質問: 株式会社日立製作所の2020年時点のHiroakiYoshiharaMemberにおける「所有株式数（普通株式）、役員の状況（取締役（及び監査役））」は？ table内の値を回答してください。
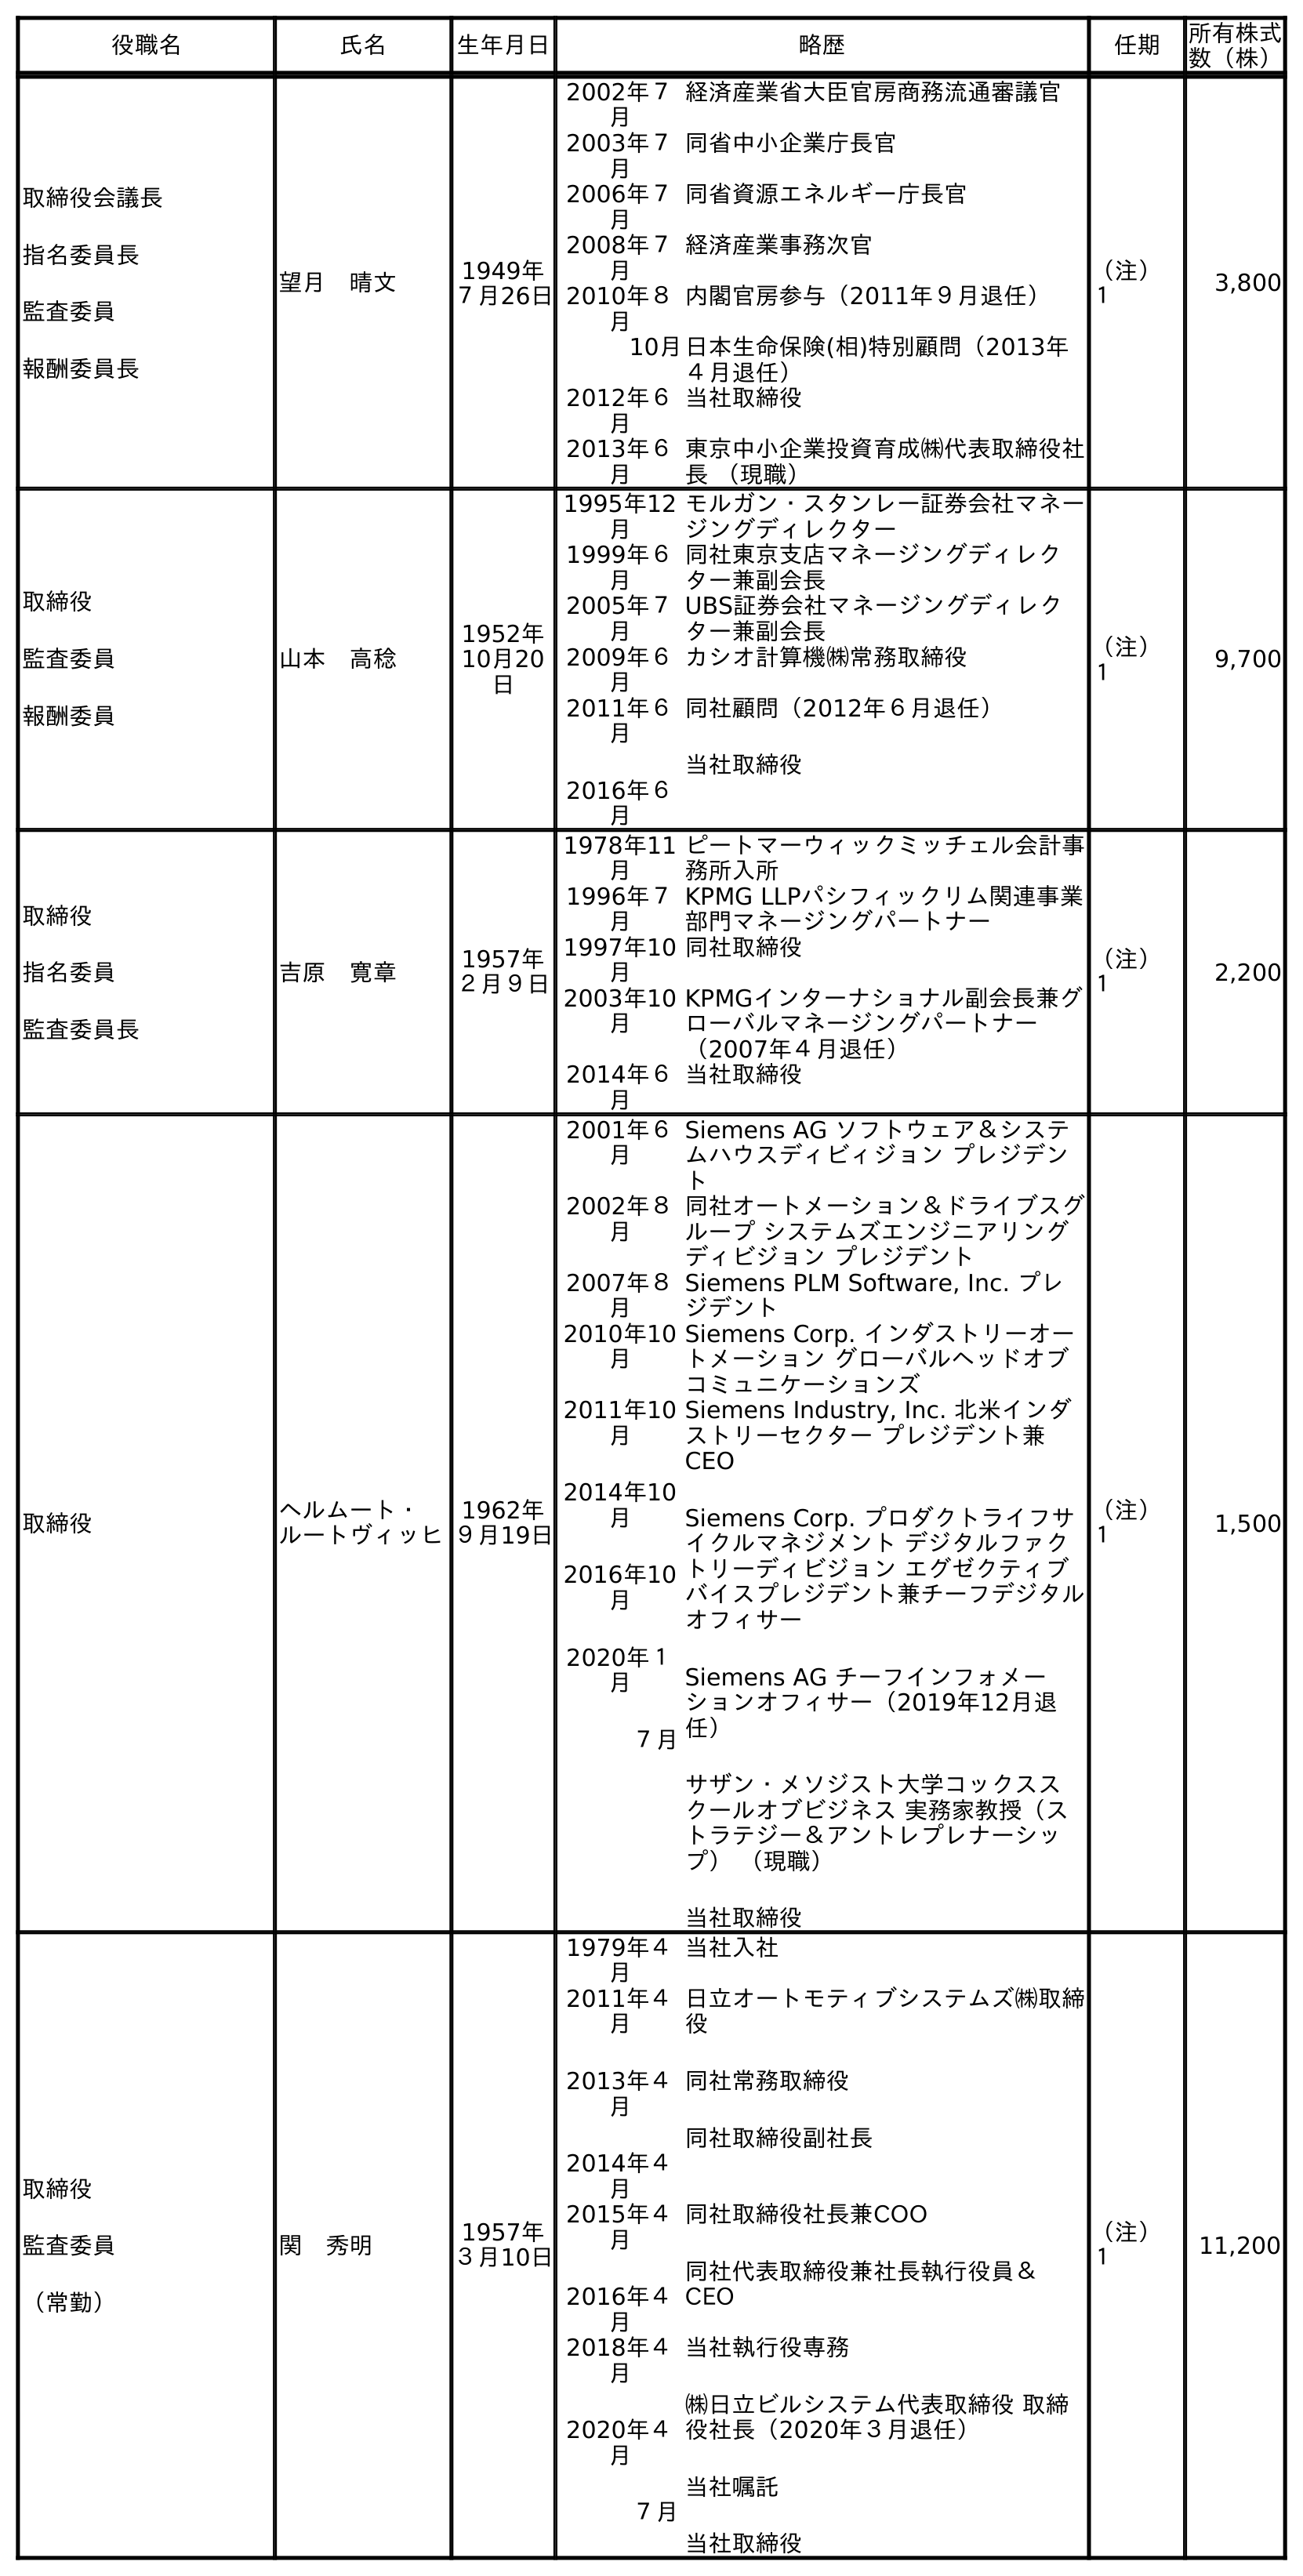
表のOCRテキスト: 役職名 氏名 生年月日 略歴 任期 所有株式 数（株） 取締役会議長 指名委員長 監査委員 報酬委員長 望月 晴文 1949年 ７月26日 2002年７ 月 経済産業省大臣官房商務流通審議官 2003年７ 月 同省中小企業庁長官 2006年７ 月 同省資源エネルギー庁長官 2008年７ 月 経済産業事務次官 2010年８ 月 内閣官房参与（2011年９月退任） 10月日本生命保険(相)特別顧問（2013年 ４月退任） 2012年６ 月 当社取締役 2013年６ 月 東京中小企業投資育成㈱代表取締役社 長 （現職） （注） １ 3,800 取締役 監査委員 報酬委員 山本 高稔 1952年 10月20 日 1995年12 月 モルガン・スタンレー証券会社マネー ジングディレクター 1999年６ 月 同社東京支店マネージングディレク ター兼副会長 2005年７ 月 UBS証券会社マネージングディレク ター兼副会長 2009年６ 月 カシオ計算機㈱常務取締役 2011年６ 月 2016年６ 月 同社顧問（2012年６月退任） 当社取締役 （注） １ 9,700 取締役 指名委員 監査委員長 吉原 寛章 1957年 ２月９日 1978年11 月 ピートマーウィックミッチェル会計事 務所入所 1996年７ 月 KPMG LLPパシフィックリム関連事業 部門マネージングパートナー 1997年10 月 同社取締役 2003年10 月 KPMGインターナショナル副会長兼グ ローバルマネージングパートナー （2007年４月退任） 2014年６ 月 当社取締役 （注） １ 2,200 取締役 ヘルムート・ ルートヴィッヒ 1962年 ９月19日 2001年６ 月 Siemens AG ソフトウェア＆システ ムハウスディビィジョン プレジデン ト 2002年８ 月 同社オートメーション＆ドライブスグ ループ システムズエンジニアリング ディビジョン プレジデント 2007年８ 月 Siemens PLM Software, Inc. プレ ジデント 2010年10 月 Siemens Corp. インダストリーオー トメーション グローバルヘッドオブ コミュニケーションズ 2011年10 月 2014年10 月 2016年10 月 2020年１ 月 ７月 Siemens Industry, Inc. 北米インダ ストリーセクター プレジデント兼 CEO Siemens Corp. プロダクトライフサ イクルマネジメント デジタルファク トリーディビジョン エグゼクティブ バイスプレジデント兼チーフデジタル オフィサー Siemens AG チーフインフォメー ションオフィサー（2019年12月退 任） サザン・メソジスト大学コックスス クールオブビジネス 実務家教授（ス トラテジー＆アントレプレナーシッ プ） （現職） 当社取締役 （注） １ 1,500 取締役 監査委員 （常勤） 関 秀明 1957年 ３月10日 1979年４ 月 当社入社 2011年４ 月 2013年４ 月 2014年４ 月 日立オートモティブシステムズ㈱取締 役 同社常務取締役 同社取締役副社長 2015年４ 月 2016年４ 月 同社取締役社長兼COO 同社代表取締役兼社長執行役員＆ CEO 2018年４ 月 2020年４ 月 ７月 当社執行役専務 ㈱日立ビルシステム代表取締役 取締 役社長（2020年３月退任） 当社嘱託 当社取締役 （注） １ 11,200
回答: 2,200